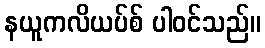
နယူကလိယပ်စ် ပါဝင်သည်။